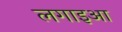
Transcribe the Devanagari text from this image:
लगाइआ